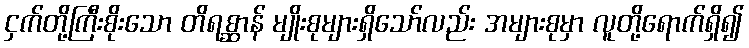
ငှက်တို့ကြီးစိုးသော တိရစ္ဆာန် မျိုးစုများရှိသော်လည်း အများစုမှာ လူတို့ရောက်ရှိ၍